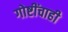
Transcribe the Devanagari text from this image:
गोष्टींचाही